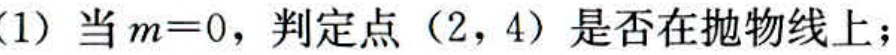
(1) 当$m = 0$，判定点（2，4）是否在抛物线上；